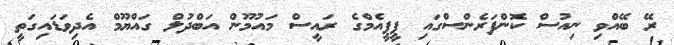
ރޭ ބޭއްވި ނިއުސް ކޮންފަރެންސްގައި ޕީޕީއެމްގެ ރައީސް މައުމޫން އަބްދުލް ގައްޔޫމް އެދިވަޑައިގަތީ